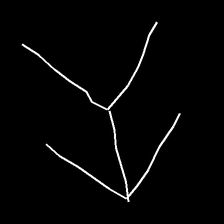
Glyph: gather